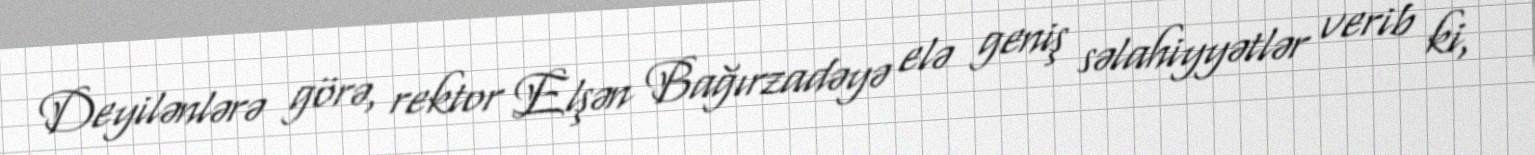
Deyilənlərə görə, rektor Elşən Bağırzadəyə elə geniş səlahiyyətlər verib ki,